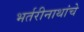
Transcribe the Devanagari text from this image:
भर्तरीनाथांचे